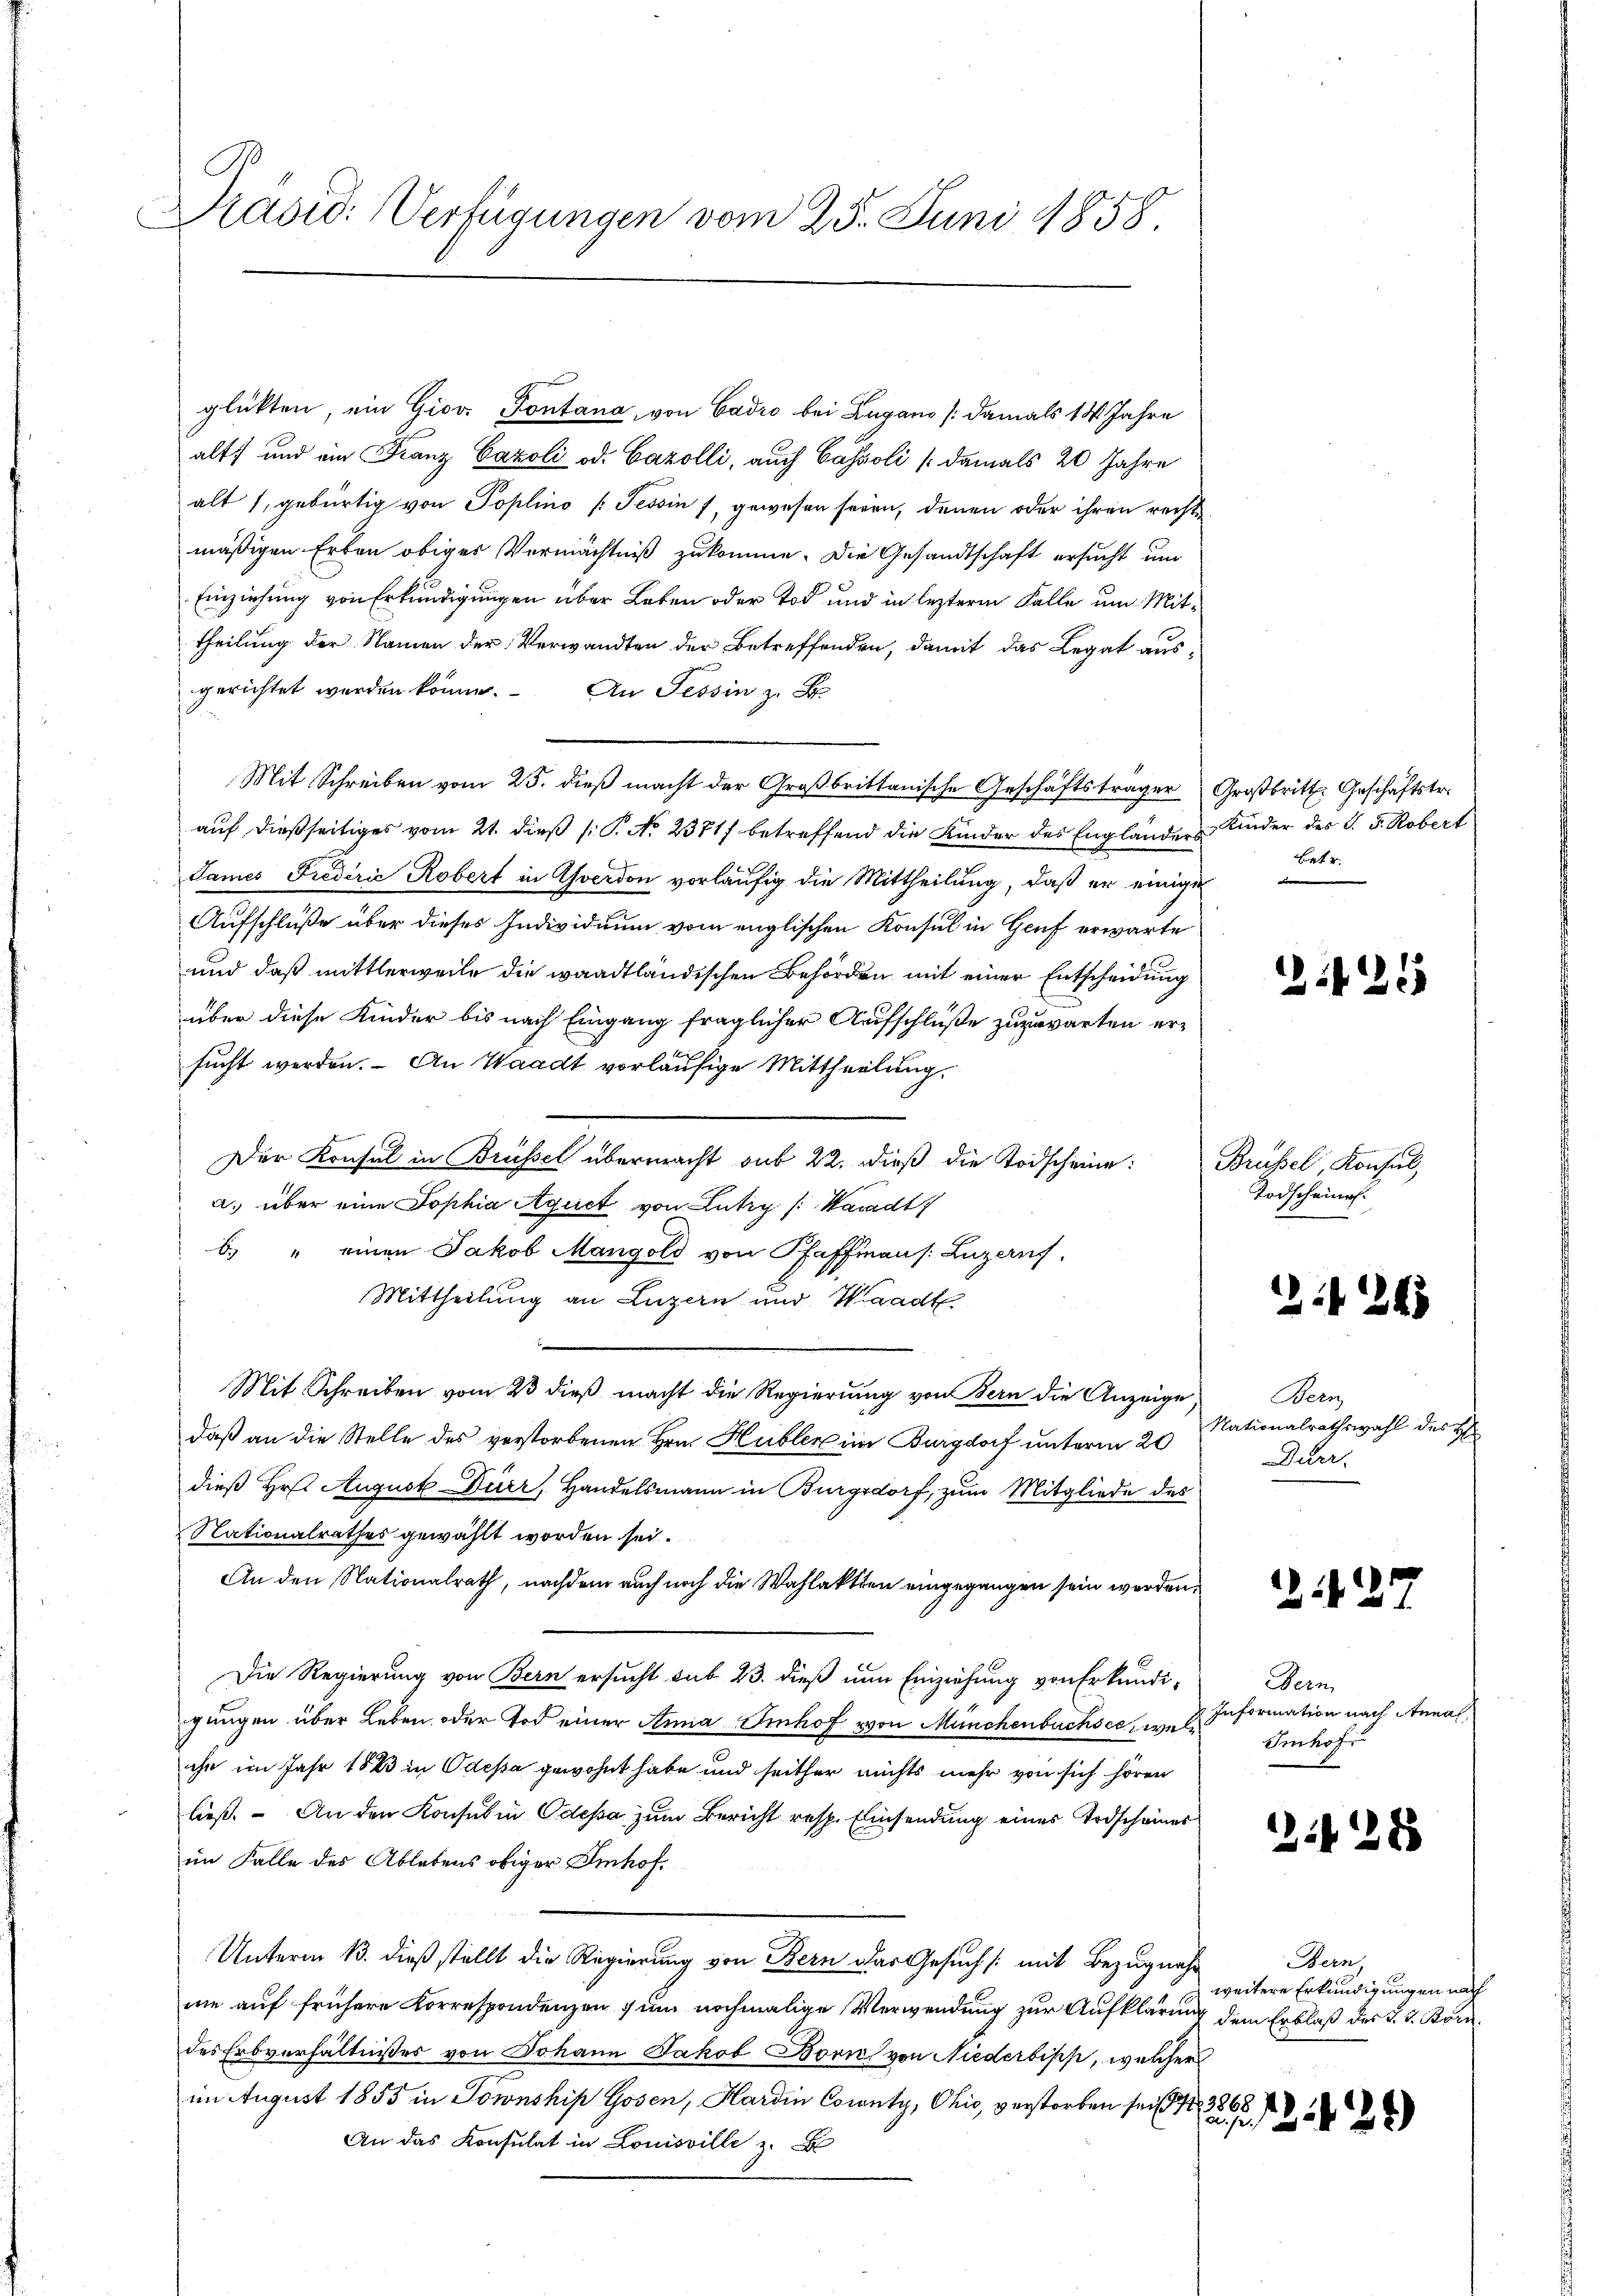
Präsid. Verfügungen vom 25. Juni 1858.

glükten, ein Giov. Pontana, von Cadio bei Lugano (damals 14 Jahre
alt und ein Franz Cazoli od. Cazolli, auch Cassoli (damals 20 Jahre
alt 1, gebürtig von Poplino (Tessin f, gewesen seien, denen oder ihren rechte
mäßigen Erben obiger Vermächtniß zukomme. Die Gesandtschaft ersucht um
Einziehung von Erkundigungen über Leben oder Tod und in lezterm Falle um Mittheilung der Namen der Verwandten der Betreffenden, damit das Legat ausgerichtet werden könne. An Tessin z.
Mit Schreiben vom 25. dieß macht der Großbrittanische Geschäftsträger Großbritt. Geschäftstr.
auf dießseitiges vom 21. dieß (: P. No. 2371 betreffend die Kinder des Engländer u Kinder des C. 5. Robert
James Fiederić Robert in Yverdon vorläufig die Mittheilung, daß er einige
Aufschluße über dieses Individuum vom englischen Konsul in Genf erwarte
und daß mittlerweile die waadtländischen Behörden mit einer Entscheidung
10
über diese Kinder bis nach Eingang fraglicher Aufschluße zuzuwarten ersucht werden. – An Waadt vorläufige Mittheilung,
Der Konsul in Brüssel übermacht sub 22. dieß die Todscheine:
a. über eine Sophia Aquet von Lütiz /: Waadt
b. " einen Jakob Mangold von Pfaffian /: Luzern,
Mittheilung an Luzern und Waadt
Mit Schreiben vom 23 dieß macht die Regierung von Bern die Anzeige
daß an die Stelle des verstorbenen Hrn. Hubler im Burgdorf unterm 20
dieß Hr. August Dürr Handelsmann in Burgsdorf, zum Mitgliede des
Nationalrathes gewählt worden sei.
An den Nationalrath, nachdem auch noch die Wahlaktten eingegangen sein werden,
Die Regierung von Bern ersucht sub 23. dieß nun Einziehung von Erkundigungen über Leben oder Tod einer Anna Imhof von Münchenbuchsee, weliche im Jahr 1883 in Odessa gewohnt habe und seither nichts mehr von sich hören
ließ. – An den Konsul in Odessa zum Bericht resp. Einsendung eines Erdscheines
im Falle des Ablebens obiger Imhof¬
Unterm 13. dieß stellt die Regierung von Bern das Gesuch /: mit Bezugnahm
nie auf frühere Korrespondenzen zum nochmalige Verwendung zur Aufklärung dem Erblaß des J. J. Borndes Erbverhältnisses von Johann Jakob Born von Niederbipp, welcher
im August 1855 in Sownship Gosen, Hardin County, Ohio, verstorben sein Nr. 3266 f
An das Konsulat in Louisville z.

Betr.

25

Brüssel, Konsul,
Todscheint.

324

Been
Nationalrathswahl des H
Durr.

21427.

Dern
Information nach Annal
Imhof

2428

Bern
weitere Erkundigungen nach